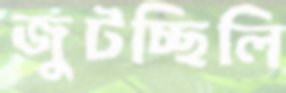
জুটচ্ছিলি